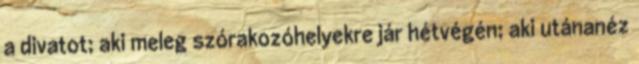
a divatot; aki meleg szórakozóhelyekre jár hétvégén; aki utánanéz